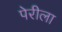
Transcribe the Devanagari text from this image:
पेरीला